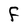
Character: F